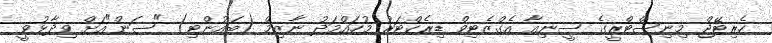
ހެރިޓޭޖް މިނިސްޓްރީގެ ސީނިއާ އެގްޒެޓިވް ޑިރެކްޓަރު މުހައްމަދު ނާޒިމް (ބައުންޓި) "ސަން"އަށް ވިދާޅުވީ